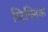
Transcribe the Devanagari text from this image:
स्टिफ्निक